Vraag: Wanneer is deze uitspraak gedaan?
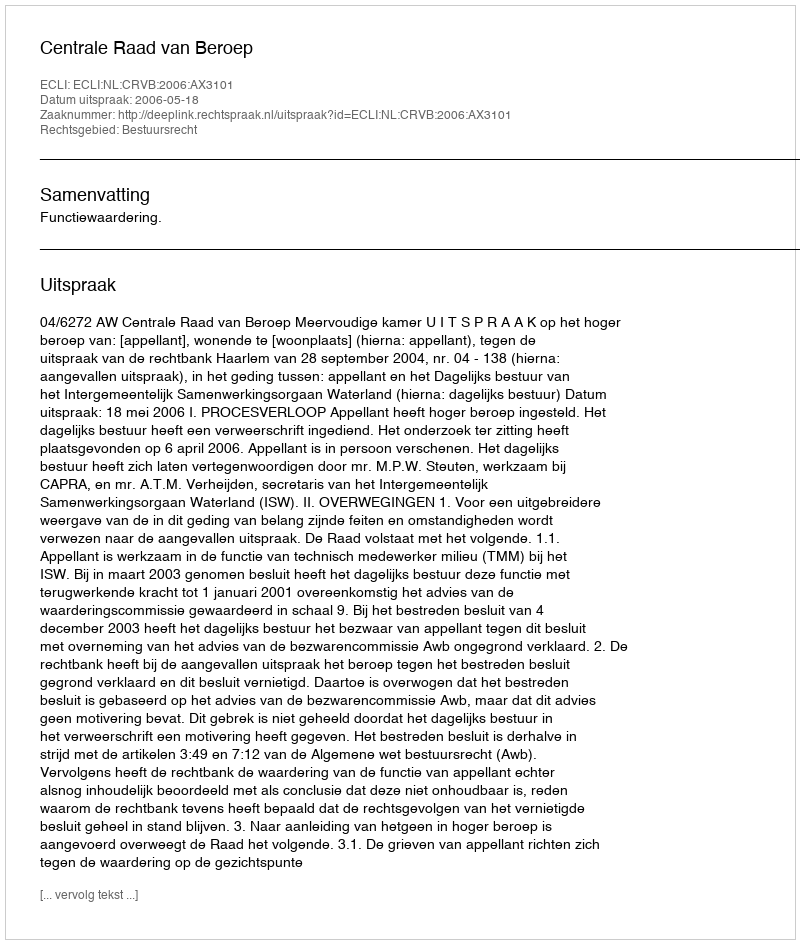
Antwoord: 2006-05-18